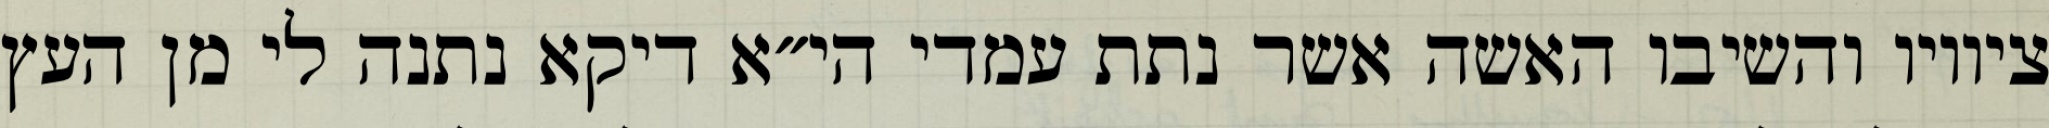
ציוויו והשיבו האשה אשר נתת עמדי הי״א דיקא נתנה לי מן העץ